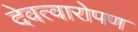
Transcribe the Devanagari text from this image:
देवत्वारोपण